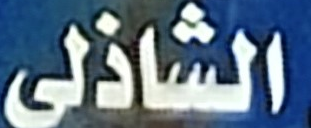
الشاذلي